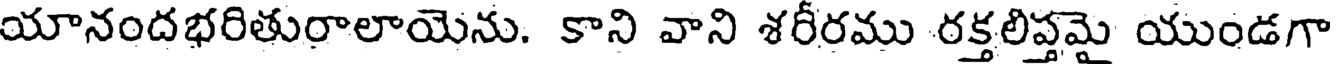
యానందభరితురాలాయెను. కాని వాని శరీరము రక్తలిప్తమై యుండగా